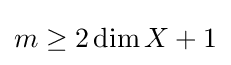
{\textstyle m\geq 2\operatorname {dim} X+1}